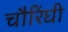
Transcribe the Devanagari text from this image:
चौरिंघी